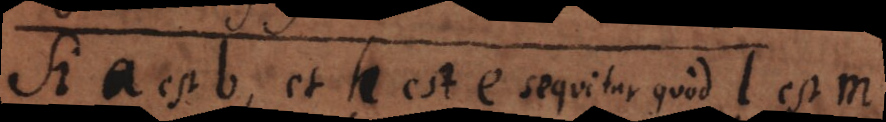
Si a est b, et h est e sequitur quod l est m